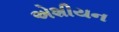
એશીયન